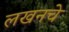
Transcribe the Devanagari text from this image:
लखनचे